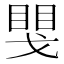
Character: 𢧮